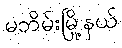
မဘိမ်းမြို့နယ်